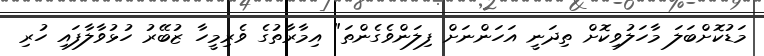
މަޑުކޮށްބަލަ މާހަލުވިކޮށް ތިދަނީ އަހަންނަށް ފިލަންވެގެންތަ" އިމާރާތުގެ ވެރިމީހާ ޒުބޭރު ހުޅުވާލާފައި ހުރި